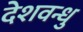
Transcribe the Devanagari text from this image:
देशवन्धु